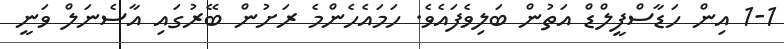
1-1 އިން ހަޑާސްފީލްޑް އަތުން ބަލިވެފައެވެ. ހަމައެހެންމެ ރަށުން ބޭރުގައި އާސެނަލް ވަނީ